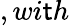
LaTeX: ,wi\mathsf{t}h